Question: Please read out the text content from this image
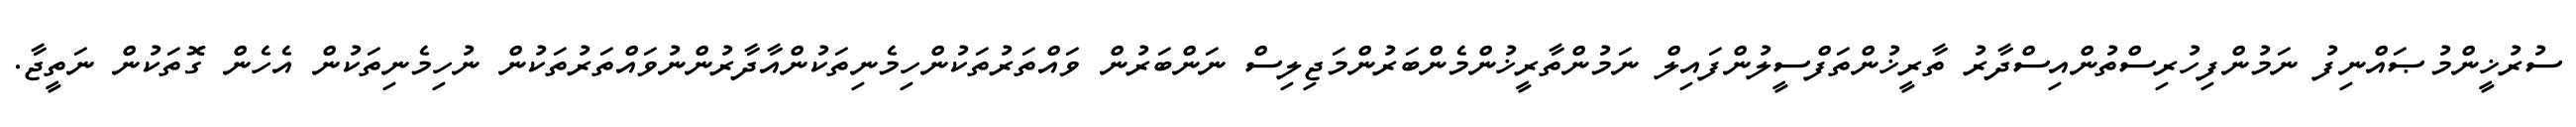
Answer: ސުރުޚީންމުޞައްނިފު ނަމުންފިހުރިސްތުންއިސްދާރު ތާރީޚުންތަފްސީލުންފައިލް ނަމުންތާރީޚުންމެންބަރުންމަޖިލިސް ނަންބަރުން ވައްތަރުތަކުންހިމެނިތަކުންއާދާރުންނުވައްތަރުތަކުން ނުހިމެނިތަކުން އެހެން ގޮތަކުން ނަތީޖާ.